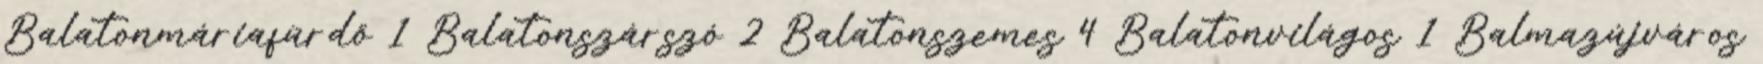
Balatonmáriafürdő 1 Balatonszárszó 2 Balatonszemes 4 Balatonvilágos 1 Balmazújváros